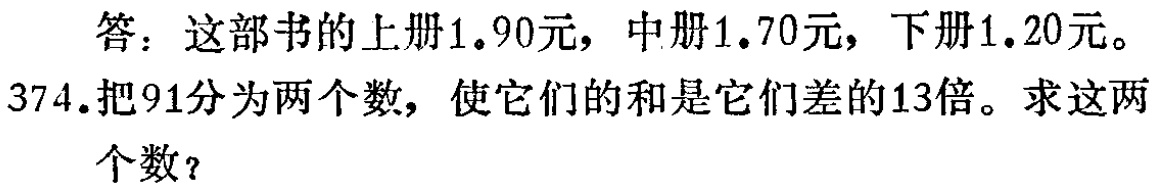
答：这部书的上册1.90元，中册1.70元，下册1.20元。
374.把91分为两个数，使它们的和是它们差的13倍。求这两个数？